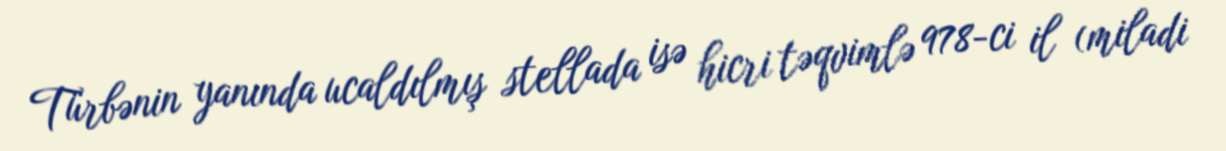
Türbənin yanında ucaldılmış stellada isə hicri təqvimlə 978-ci il (miladi